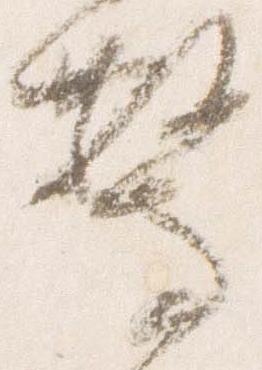
驚